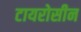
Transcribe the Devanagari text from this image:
टायरोसीन